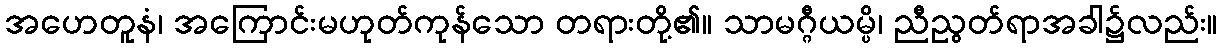
အဟေတူနံ၊ အကြောင်းမဟုတ်ကုန်သော တရားတို့၏။ သာမဂ္ဂီယမ္ပိ၊ ညီညွတ်ရာအခါ၌လည်း။